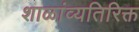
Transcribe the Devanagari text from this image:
शाळांव्यतिरिक्त